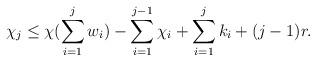
LaTeX: \begin{align*}\chi_j \leq \chi (\sum\limits_{i=1}^{j}w_i) -\sum\limits_{i=1}^{j-1}\chi_i+ \sum\limits_{i=1}^{j}k_i + (j-1)r.\end{align*}